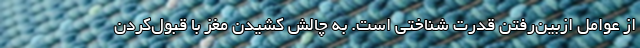
از عوامل ازبین‌رفتن قدرت شناختی است. به چالش کشیدن مغز با قبول‌کردن